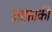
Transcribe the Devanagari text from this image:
आफ़ाकी